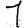
Digit: 1